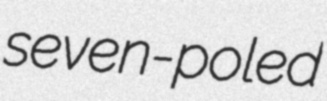
seven-poled